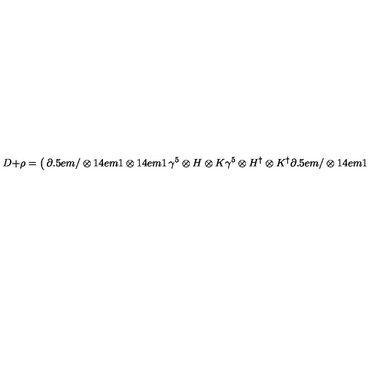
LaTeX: D + \rho = \left( \begin{matrix} { \partial \kern - 0 . 5 e m / \otimes { 1 \kern - . 4 e m 1 } \otimes { 1 \kern - . 4 e m 1 } } & { \gamma ^ { 5 } \otimes H \otimes K } \\ { \gamma ^ { 5 } \otimes H ^ { \dag } \otimes K ^ { \dag } } & { \partial \kern - 0 . 5 e m / \otimes { 1 \kern - . 4 e m 1 } \otimes { 1 \kern - . 4 e m 1 } } \\ \end{matrix} \right)